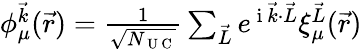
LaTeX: \begin{array}{r}{\phi_{\mu}^{\vec{k}}(\vec{r})=\frac{1}{\sqrt{N_{\mathrm{~U~C~}}}}\sum_{\vec{L}}e^{\mathrm{~i~}\vec{k}\cdot\vec{L}}\xi_{\mu}^{\vec{L}}(\vec{r})}\end{array}